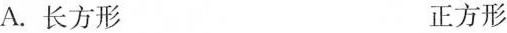
A.长方形 正方形